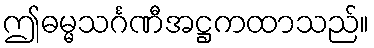
ဤဓမ္မသင်္ဂဏီအဋ္ဌကထာသည်။